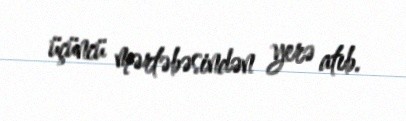
üçüncü mərtəbəsindən yerə atıb.